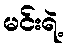
မင်းရဲ့